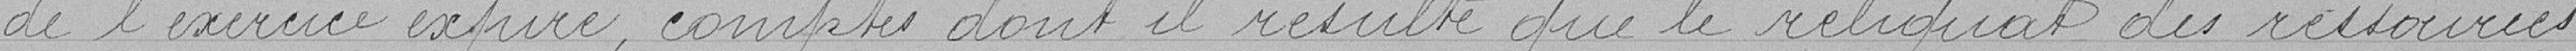
de l'exercice expiré, comptes dont il résulte que le reliquat des ressources